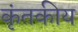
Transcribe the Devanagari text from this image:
कृंतकीय